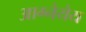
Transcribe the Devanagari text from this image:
आग्नेयेय